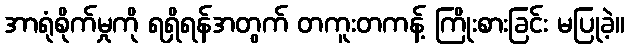
အာရုံစိုက်မှုကို ရရှိရန်အတွက် တကူးတကန့် ကြိုးစားခြင်း မပြုခဲ့။